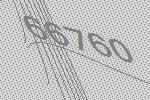
66760